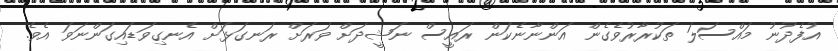
އުފެދުނު މައްސަލަ ތަކުރާރުވެގެން އަންނާނެކަން ރައީސް ނަޝީދަށް ވަރަށް ރަނގަޅަށް އެނގިވަޑައިގަންނަވަ އެވެ.